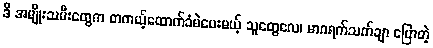
ဒီ အမျိုးသမီးတွေက တကယ့်ထောက်ခံမဲပေးမယ့် သူတွေလေ၊ မာဂရက်သက်ချာ ပြောတဲ့